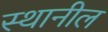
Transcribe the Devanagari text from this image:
स्थानील